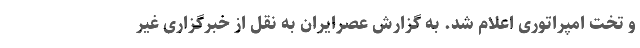
و تخت امپراتوری اعلام شد. به گزارش عصرایران به نقل از خبرگزاری غیر